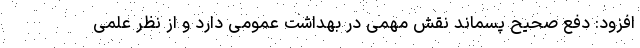
افزود: دفع صحیح پسماند نقش مهمی در بهداشت عمومی دارد و از نظر علمی